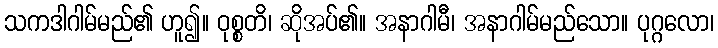
သကဒါဂါမ်မည်၏ ဟူ၍။ ဝုစ္စတိ၊ ဆိုအပ်၏။ အနာဂါမီ၊ အနာဂါမ်မည်သော။ ပုဂ္ဂလော၊